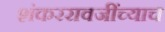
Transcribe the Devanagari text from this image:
शंकररावजींच्याच